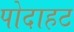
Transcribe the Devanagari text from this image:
पोदाहट